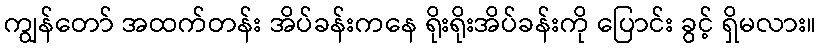
ကျွန်တော် အထက်တန်း အိပ်ခန်းကနေ ရိုးရိုးအိပ်ခန်းကို ပြောင်း ခွင့် ရှိမလား။